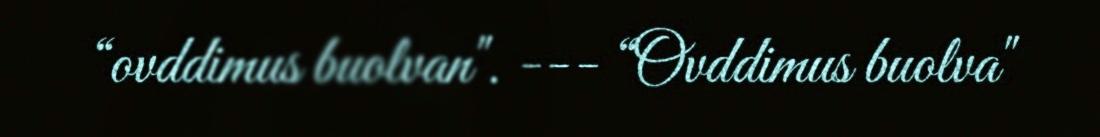
“ovddimus buolvan". --- “Ovddimus buolva"